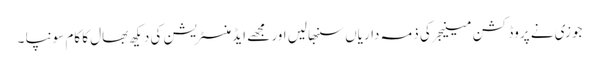
جوزی نے پروڈکشن مینیجر کی ذمہ داریاں سنبھالیں اور مجھے ایڈمنسٹریشن کی دیکھ بھال کا کام سونپا ۔